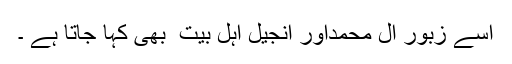
اسے زبور آل محمداور انجیل اہل بیت ؑ بھی کہا جاتا ہے ۔